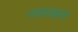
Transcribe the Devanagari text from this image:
लयनकाय